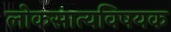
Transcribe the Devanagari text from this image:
लोकसात्यविषयक